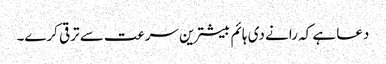
دعا ہے کہ رانے دی ہائم بیشترین سرعت سے ترقی کرے۔